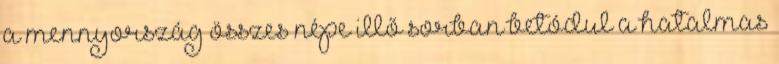
a mennyország összes népe illő sorban betódul a hatalmas